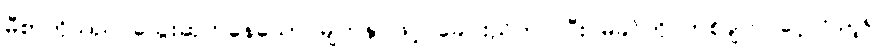
မီစာတိုသည် သွေးဆုတ်နေသော မျက်နှာဖြင့် ခေါင်းညိတ်ပြပြီး မိခင်ကို တစ်ချက် ဝေ့ကြည့်၍